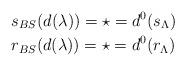
LaTeX: \begin{align*}&s_{BS}(d(\lambda))= \star = d^0(s_{\Lambda}) \\&r_{BS}(d(\lambda))= \star = d^0(r_{\Lambda})\end{align*}